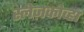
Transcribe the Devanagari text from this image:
स्लेज़कोव्हा